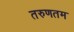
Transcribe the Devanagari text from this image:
तरुणतम